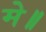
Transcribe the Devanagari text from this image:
मे॥